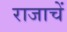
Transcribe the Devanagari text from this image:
राजाचें